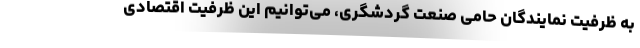
به ظرفیت نمایندگان حامی صنعت گردشگری، می‌توانیم این ظرفیت اقتصادی